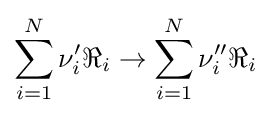
\sum _{i=1}^{N}\nu _{i}'\Re _{i}\rightarrow \sum _{i=1}^{N}\nu _{i}''\Re _{i}